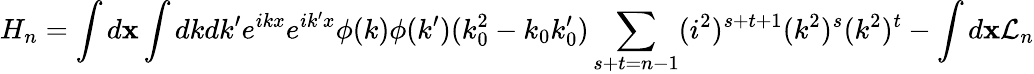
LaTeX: H_{n}=\int d{\mathbf x}\int dkdk^{\prime}e^{ikx}e^{ik^{\prime}x}\phi(k)\phi(k^{\prime})(k_{0}^{2}-k_{0}k_{0}^{\prime})\sum_{s+t=n-1}(i^{2})^{s+t+1}(k^{2})^{s}(k^{2})^{t}-\int d{\mathbf x}{\cal L}_{n}